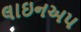
લાઇનઅપ